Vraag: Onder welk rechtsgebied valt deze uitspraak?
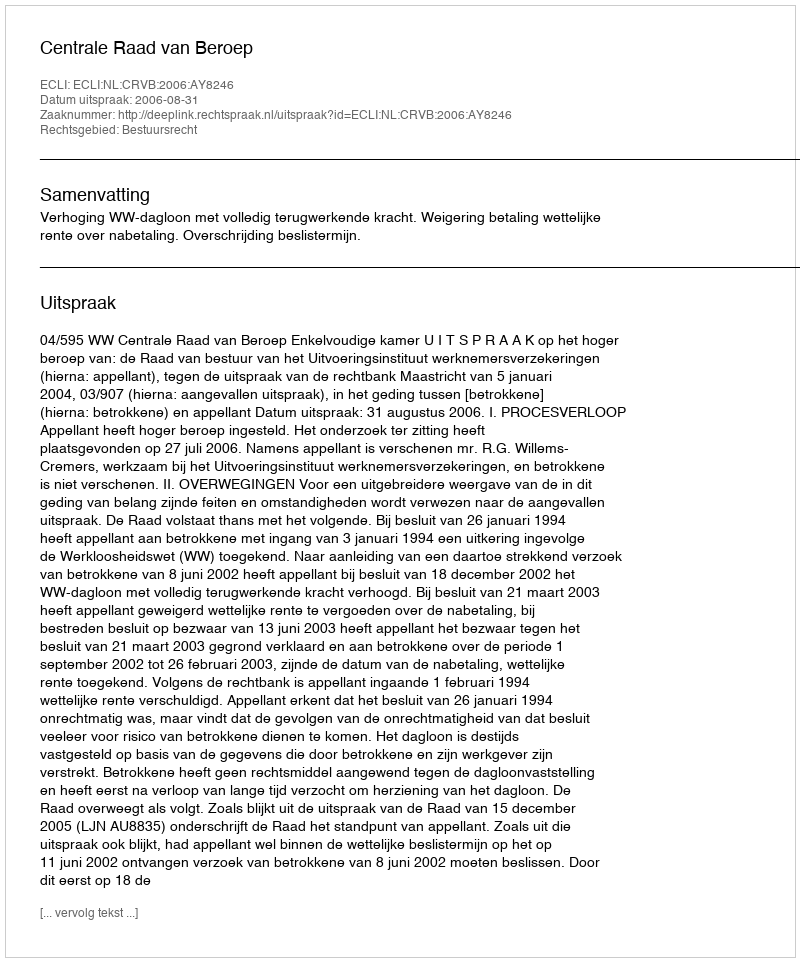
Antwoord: Bestuursrecht